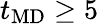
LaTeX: t_{\mathrm{MD}}\geq 5